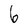
Character: 6